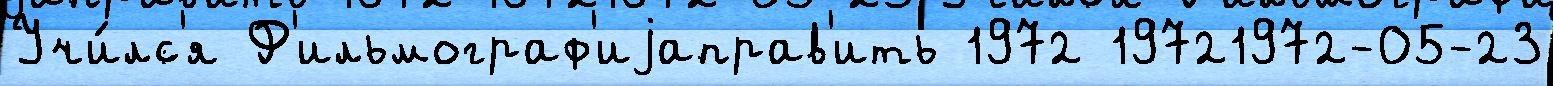
Учи́лс'я Ф'ильмограф'иjаправ'ить 1972 19721972-05-23